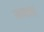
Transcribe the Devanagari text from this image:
मन्शाली